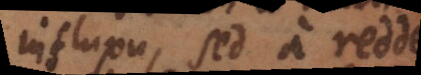
influxu, sed a reddenda